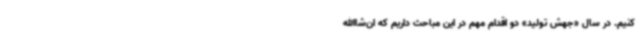
کنیم. در سال «جهش تولید» دو اقدام مهم در این مباحث داریم که ان‌شاالله